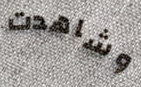
وشاهدت